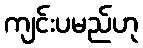
ကျင်းပမည်ဟု